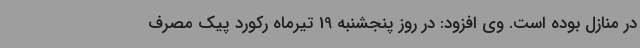
در منازل بوده است. وی افزود: در روز پنجشنبه 19 تیرماه رکورد پیک مصرف